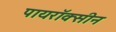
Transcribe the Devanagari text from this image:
पायरॉक्सीन